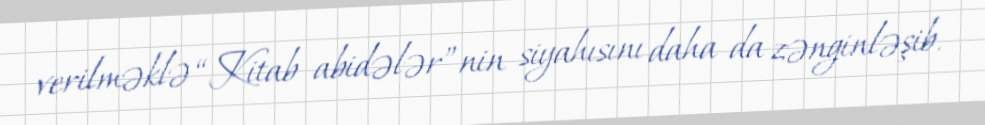
verilməklə “Kitab abidələr”nin siyahısını daha da zənginləşib.